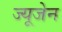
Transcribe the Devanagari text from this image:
ज्यूजेन